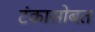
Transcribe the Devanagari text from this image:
टंकासोबत